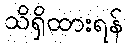
သိရှိထားရန်